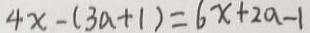
4 x - ( 3 a + 1 ) = 6 x + 2 a - 1